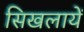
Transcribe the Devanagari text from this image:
सिखलायें